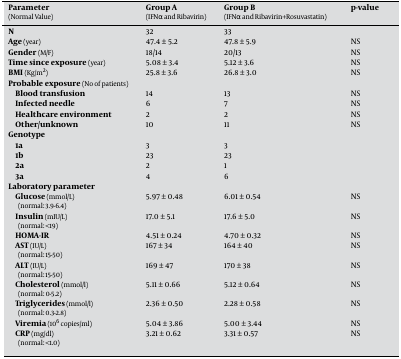
<table><thead><tr><td><b>Parameter (Normal Value)</b></td><td><b>Group A (IFNα and Ribavirin)</b></td><td><b>Group B (IFNα and Ribavirin+Rosuvastatin)</b></td><td><b>p-value</b></td></tr></thead><tbody><tr><td><b>N</b></td><td>32</td><td>33</td><td></td></tr><tr><td><b>Age </b>(year)</td><td>47.4 ± 5.2</td><td>47.8 ± 5.9</td><td>NS</td></tr><tr><td><b>Gender </b>(M/F)</td><td>18/14</td><td>20/13</td><td>NS</td></tr><tr><td><b>Time since exposure </b>(year)</td><td>5.08 ± 3.4</td><td>5.12 ± 3.6</td><td>NS</td></tr><tr><td><b>BMI </b>(Kg/m(2))</td><td>25.8 ± 3.6</td><td>26.8 ± 3.0</td><td>NS</td></tr><tr><td colspan="4"><b>Probable exposure </b>(No of patients)</td></tr><tr><td><b>Blood transfusion</b></td><td>14</td><td>13</td><td>NS</td></tr><tr><td><b>Infected needle</b></td><td>6</td><td>7</td><td>NS</td></tr><tr><td><b>Healthcare environment</b></td><td>2</td><td>2</td><td>NS</td></tr><tr><td><b>Other/unknown</b></td><td>10</td><td>11</td><td>NS</td></tr><tr><td colspan="4"><b>Genotype</b></td></tr><tr><td><b>1a</b></td><td>3</td><td>3</td><td></td></tr><tr><td><b>1b</b></td><td>23</td><td>23</td><td></td></tr><tr><td><b>2a</b></td><td>2</td><td>1</td><td></td></tr><tr><td><b>3a</b></td><td>4</td><td>6</td><td></td></tr><tr><td colspan="4"><b>Laboratory parameter</b></td></tr><tr><td><b>Glucose </b>(mmol/L) (normal: 3.9-6.4)</td><td>5.97 ± 0.48</td><td>6.01 ± 0.54</td><td>NS</td></tr><tr><td><b>Insulin </b>(mIU/L) (normal: &lt;19)</td><td>17.0 ± 5.1</td><td>17.6 ± 5.0</td><td>NS</td></tr><tr><td><b>HOMA-IR</b></td><td>4.51 ± 0.24</td><td>4.70 ± 0.32</td><td>NS</td></tr><tr><td><b>AST </b>(IU/L) (normal: 15-50)</td><td>167 ± 34</td><td>164 ± 40</td><td>NS</td></tr><tr><td><b>ALT </b>(IU/L) (normal: 15-50)</td><td>169 ± 47</td><td>170 ± 38</td><td>NS</td></tr><tr><td><b>Cholesterol</b> (mmol/l) (normal: 0-5.2)</td><td>5.11 ± 0.66</td><td>5.12 ± 0.64</td><td>NS</td></tr><tr><td><b>Triglycerides </b>(mmol/l) (normal: 0.3-2.8)</td><td>2.36 ± 0.50</td><td>2.28 ± 0.58</td><td>NS</td></tr><tr><td><b>Viremia </b>(106 copies/ml)</td><td>5.04 ± 3.86</td><td>5.00 ± 3.44</td><td>NS</td></tr><tr><td><b>CRP </b>(mg/dl) (normal: &lt;1.0)</td><td>3.21 ± 0.62</td><td>3.31 ± 0.57</td><td>NS</td></tr></tbody></table>